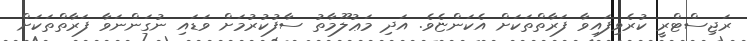
ރަޖިސްޓްރީ ކުރެވިފައިވާ ފަރާތްތަކަށް އެކަންޏެވެ. އަދި މަޢުލޫމާތު ސާފުކުރުމަށް ވަޑައި ނުގަންނަވާ ފަރާތްތަކަށް